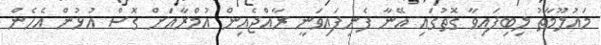
މައުލޫމާތު ލިބިފައިވާ ގޮތުގައި އޭނާ ފެނިފައިވަނީ ރާއްޖެއިން އުމްރާއަށް ގޮސް އުޅުން އެހެން